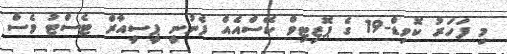
މި ފަހަރު ކޮވިޑް-19 ގެ ޕޮޒިޓިވް ކޭސްއެއް ފެނުނީ ޕީސީއާރް ޓެސްޓު ވެސް